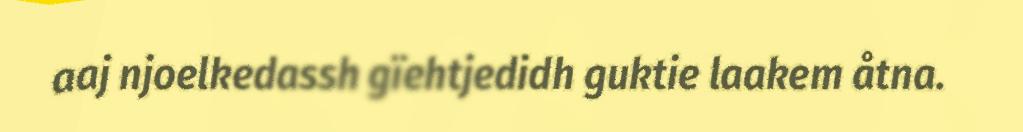
aaj njoelkedassh gïehtjedidh guktie laakem åtna.